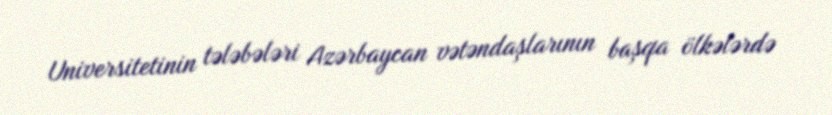
Universitetinin tələbələri Azərbaycan vətəndaşlarının başqa ölkələrdə